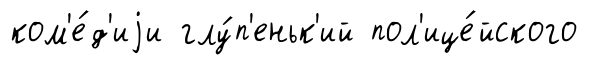
ком'е́д'иjи глу́п'еньк'ий пол'ице́йского